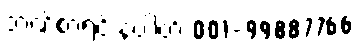
ဘဏ်စာရင်းနံပါတ် 001-99887766